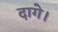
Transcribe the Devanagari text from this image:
दागे।